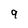
Character: 9